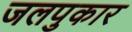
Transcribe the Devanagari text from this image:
जलपुकार